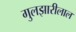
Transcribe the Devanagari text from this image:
गुलझारीलाल